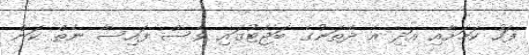
ފަހު ކަމަށާއި އަދި އެ ދެތަނުގެ ބަޖެޓުގައި ވެސް ފައިސާ ނެތް ކަން